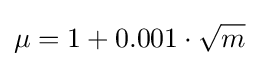
\mu =1+0.001\cdot {\sqrt {m}}